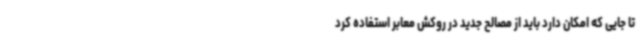
تا جایی که امکان دارد باید از مصالح جدید در روکش معابر استفاده کرد